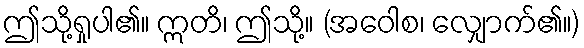
ဤသို့ရှုပါ၏။ ဣတိ၊ ဤသို့။ (အဝေါစ၊ လျှောက်၏။)